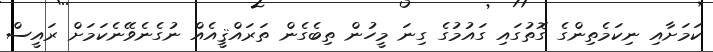
ކަމަށާއި ނިކަމެތިންގެ ގޮތުގައި ގައުމުގެ ގިނަ މީހުން ތިބެގެން ތަރައްޤީއެއް ނުގެނެވޭނެކަމަށް ރައީސް